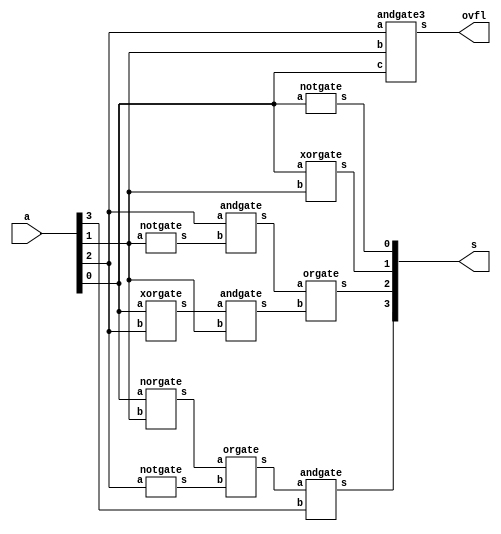
// -------------------------
// Exemplo0031  FULL ADDER/SUBTRACTOR 
// Nome: Andr Henriques Fernandes
// ------------------------- 
 
// ------------------------- 
//   
// ------------------------- 

module incremento (output [3:0] s, output ovfl,
                                input [3:0] a);

        wire w0,w1,w2,w3,w4,n1,n2,n3;
        
        norgate NOR1(w0,a[0],a[1]);
        notgate NOT1(n1,a[2]);
        orgate OR1(w1,w0,n1);
        andgate AND1(s[3],w1,a[3]);

        xorgate XOR1(w2,a[0],a[2]);
        andgate AND2(w3,w2,a[1]);
        notgate NOT2(n2,a[1]);
        andgate AND3(w4,a[2],n2);
        orgate OR2(s[2],w4,w3);

        xorgate XOR2(s[1],a[0],a[1]);

        notgate NOT3(s[0],a[0]);

        andgate3 AND4(ovfl,a[2],a[1],a[0]);


endmodule // fullAdder

module andgate (output s,
                               input a,  
                               input b);
  assign s = a & b;
endmodule

module andgate3 (output s,
                               input a,
                               input b,
                               input c);
  wire x;
  andgate AND1(x,a,b);
  andgate AND2(s,x,c);
endmodule

module norgate (output s,
                               input a,  
                               input b);
  assign s = ~(a|b);
endmodule

module notgate (output s,
                               input a);
  assign s = ~a;
endmodule

module xorgate (output s,
                               input a,  
                               input b);
  assign s = a ^ b;
endmodule
module orgate (output s,
                               input a,
                               input b);
  assign s = a | b;
endmodule

module test_fullAdder;
// ------------------------- definir dados
      reg [3:0] x = 4'b0000;
      wire ovfl;
      wire [3:0] result;

      incremento INC1(result,ovfl,x);


// ------------------------- parte principal
 initial begin
      $display("Exemplo0021 - Andr Henriques Fernandes - 427386");
      $display("Test ALUs full adder");

      $monitor("%4b + 1 = %4b Overflow = %1b",x,result,ovfl);

      #1 x=4'b0110;

      #1 x=4'b0111;

      #1 x=4'b0101;

      #1 x=4'b0011;

      #1 x=4'b0100;


 end
 
endmodule // test_fullAdder